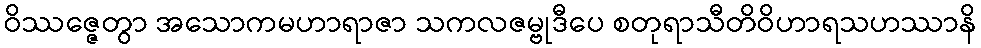
ဝိဿဇ္ဇေတွာ အသောကမဟာရာဇာ သကလဇမ္ဗုဒီပေ စတုရာသီတိဝိဟာရသဟဿာနိ